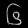
Digit: ၆